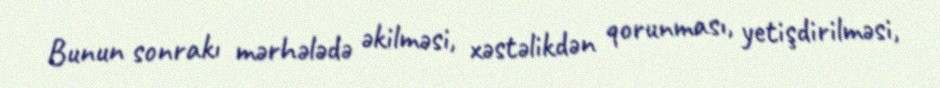
Bunun sonrakı mərhələdə əkilməsi, xəstəlikdən qorunması, yetişdirilməsi,